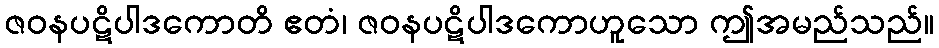
ဇဝနပဋိပါဒကောတိ ဧတံ၊ ဇဝနပဋိပါဒကောဟူသော ဤအမည်သည်။